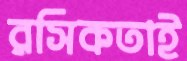
রসিকতাই